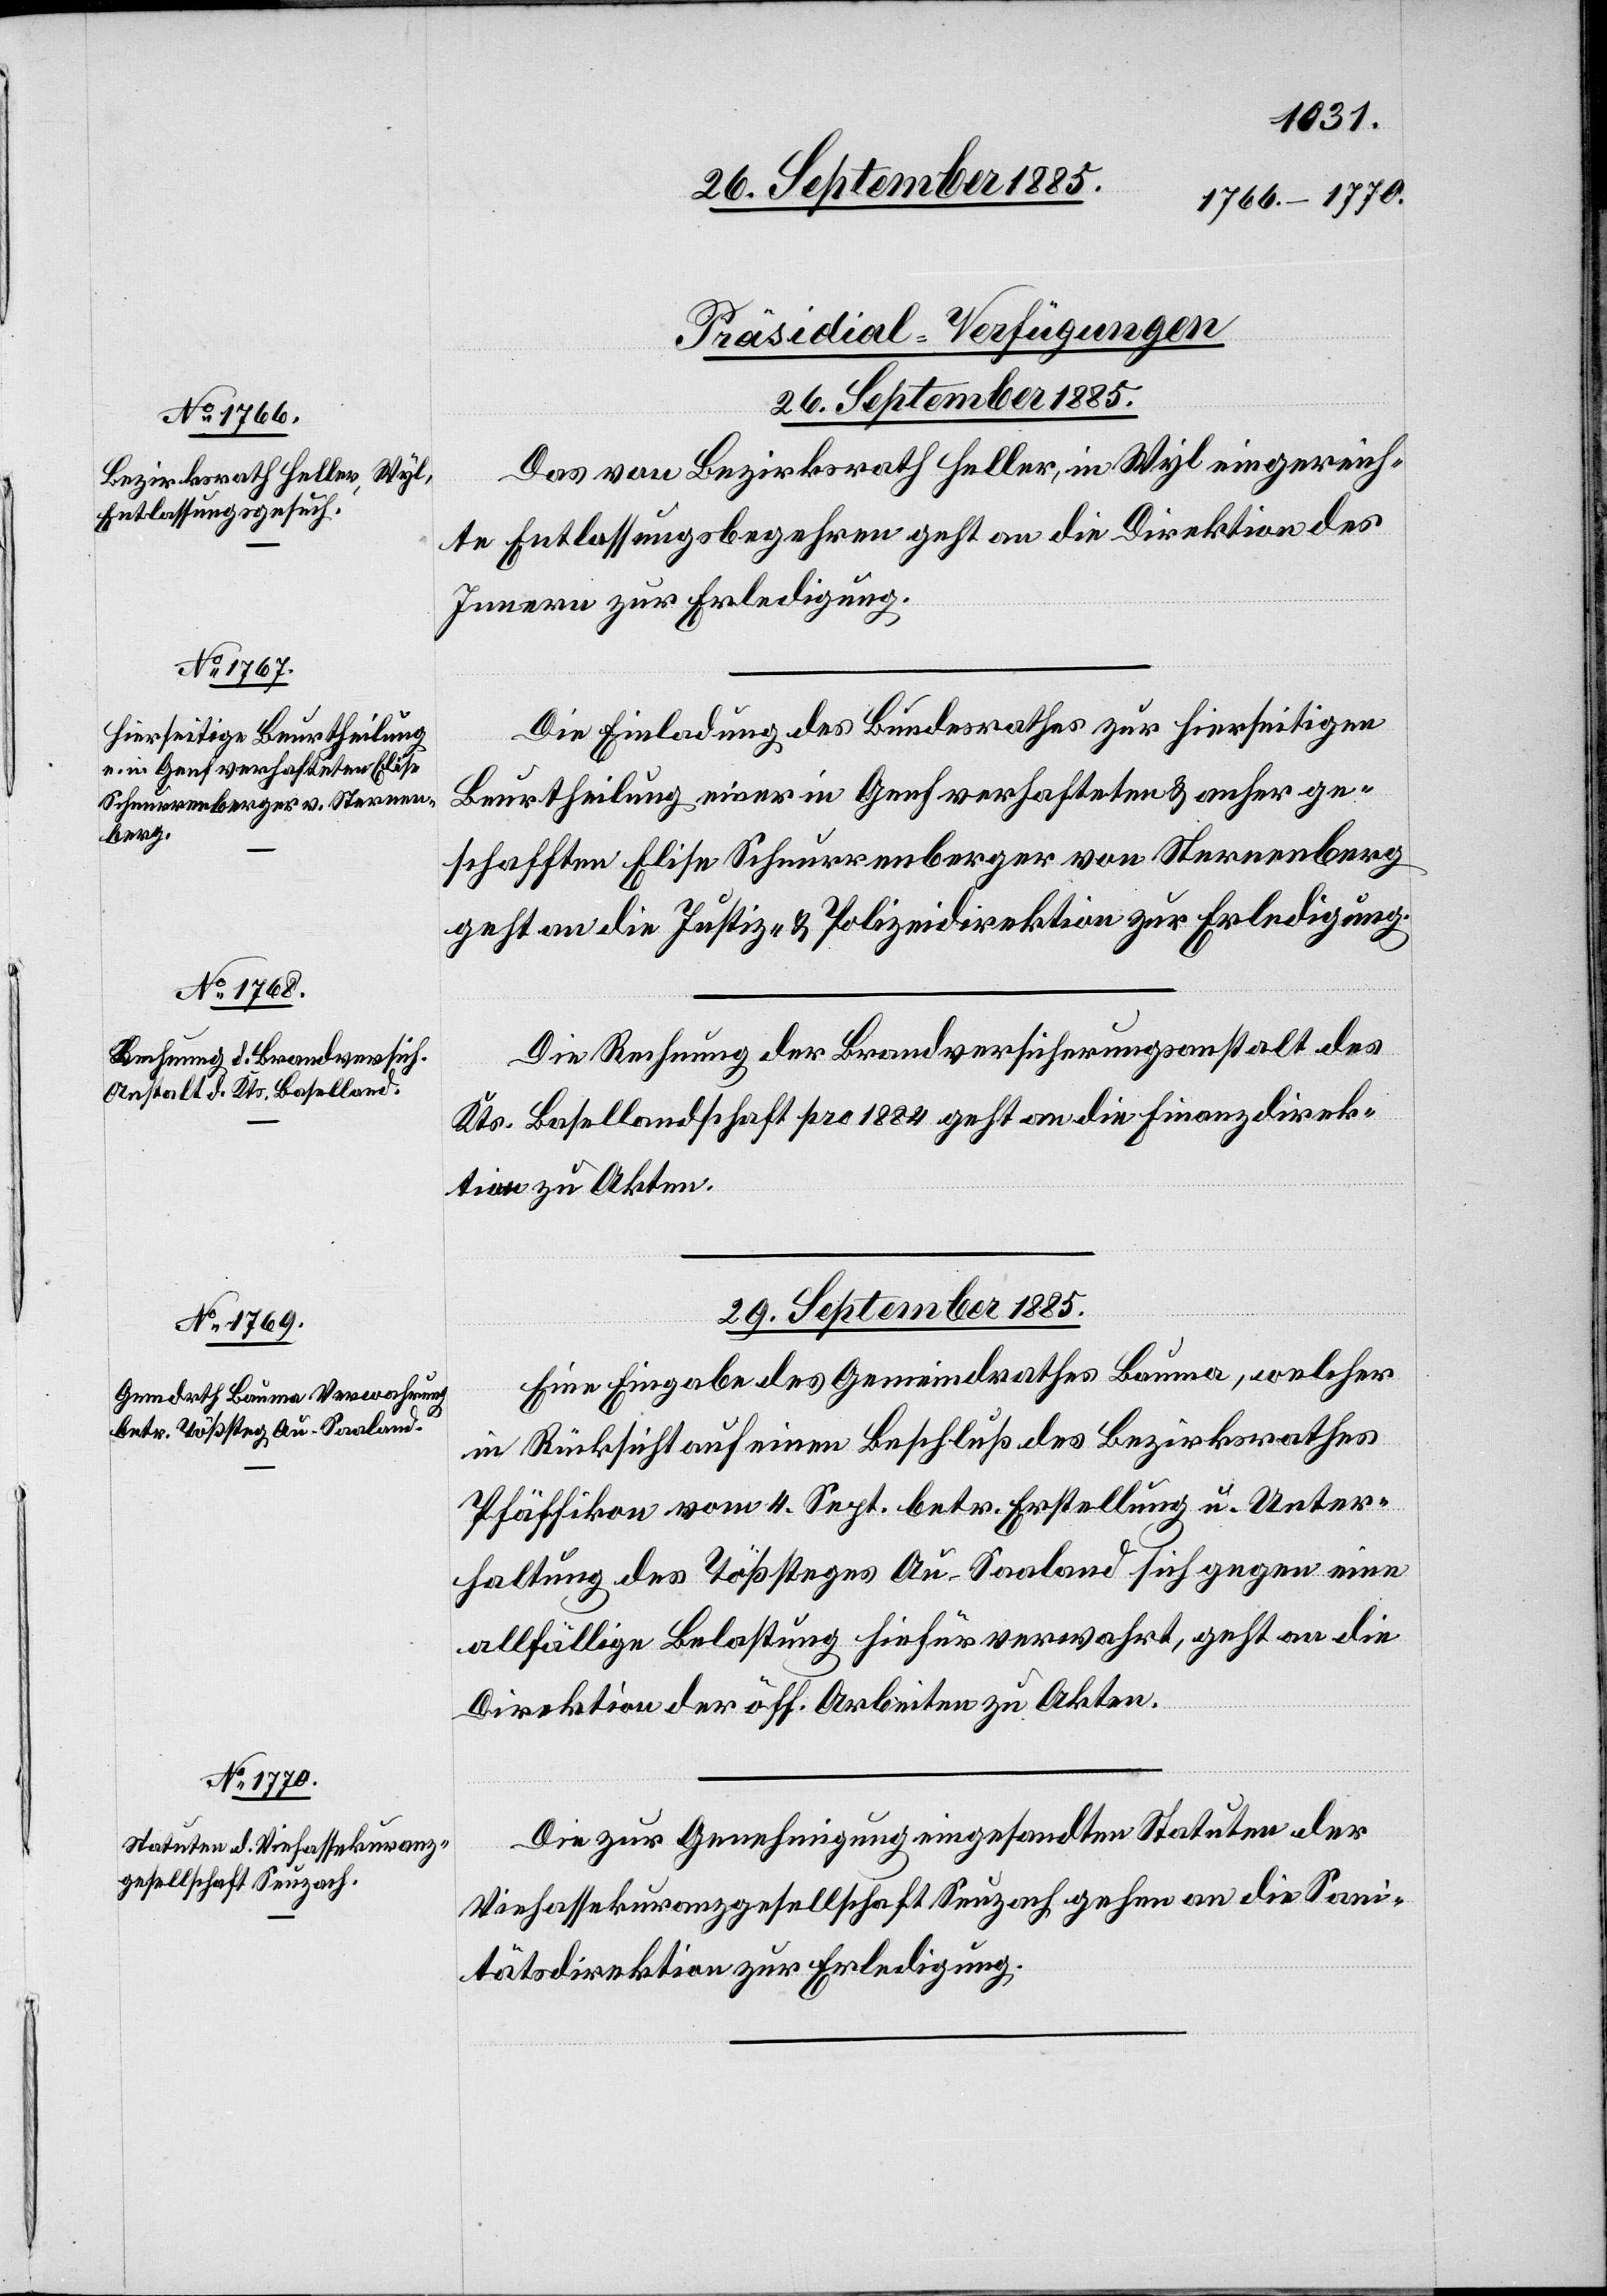
[Präsidial-Verfügungen
26. September 1885.]
Das von Bezirksrath Heller, in Wyl eingereich¬
te Entlassungsbegehren geht an die Direktion des
Innern zur Erledigung.
Die Einladung des Bundesrathes zur hierseitigen
Beurtheilung einer in Genf verhafteten & anher ge¬
schafften Elise Schnurrenberger von Sternenberg
geht an die Justiz- & Polizeidirektion zur Erledigung.
Die Rechnung der Brandversicherungsanstalt des
Kts. Basellandschaft pro 1884 geht an die Finanzdirek¬
tion zu Akten.
29. September 1885.]
Eine Eingabe des Gemeindrathes Bauma, welcher
in Rücksicht auf einen Beschluß des Bezirksrathes
Pfäffikon vom 4. Sept. betr. Erstellung u. Unter¬
haltung des Tößsteges Au - Saaland sich gegen eine
allfällige Belastung hiefür verwahrt, geht an die
Direktion der öff. Arbeiten zu Akten.
Die zur Genehmigung eingesandten Statuten der
Viehassekuranzgesellschaft Seuzach gehen an die Sani¬
tätsdirektion zur Erledigung.